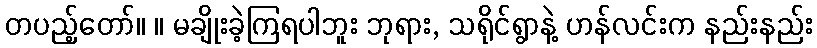
တပည့်တော်။ ။ မချိုးခဲ့ကြရပါဘူး ဘုရား, သရိုင်ရွာနဲ့ ဟန်လင်းက နည်းနည်း